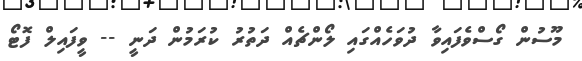
މޫސުން ގޯސްވެފައިވާ ދުވަހެއްގައި ލޯންޗެއް ދަތުރު ކުރަމުން ދަނީ -- ވީފައިލް ފޮޓޯ